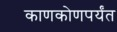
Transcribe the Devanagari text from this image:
काणकोणपर्यंत